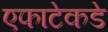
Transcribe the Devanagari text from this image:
एफाटेकडे